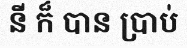
នី ក៏ បាន ប្រាប់